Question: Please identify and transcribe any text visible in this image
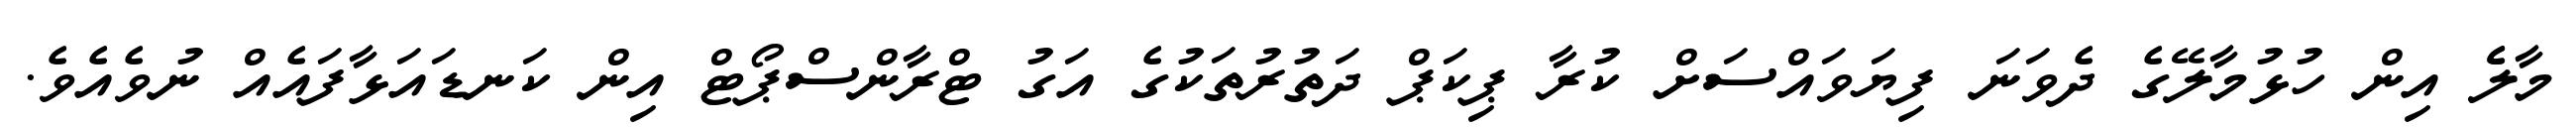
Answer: މާލެެ އިން ހުޅުމާލޭގެ ދެވަނަ ފިޔަވައްސަށް ކުރާ ޕިކަޕް ދަތުރުތަކުގެ އަގު ޓްރާންސްޕޯޓް އިން ކަނޑައަޅާފައެއް ނުވެއެވެ.